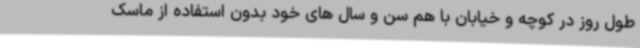
طول روز در کوچه و خیابان با هم سن و سال های خود بدون استفاده از ماسک